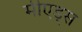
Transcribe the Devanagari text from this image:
मीएड्स